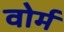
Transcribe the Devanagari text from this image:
वोर्म